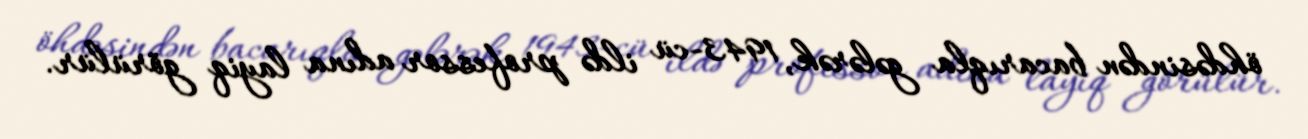
öhdəsindən bacarıqla gələrək, 1943-cü ildə professor adına layiq görülür.